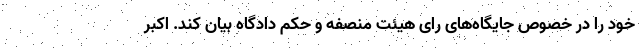
خود را در خصوص جایگاه‌های رای هیئت منصفه و حکم دادگاه بیان کند. اکبر